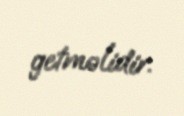
getməlidir.